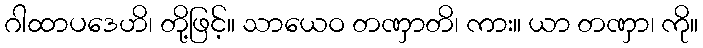
ဂါထာပဒေဟိ၊ တို့ဖြင့်။ သာယေဝ တဏှာတိ၊ ကား။ ယာ တဏှာ၊ ကို။